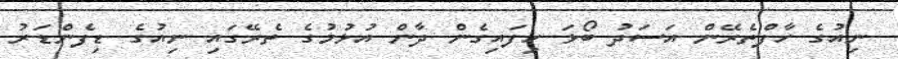
ނިއުގެ ހާފްތެރޭން އަސަދު ބޯޅަ ހިފައިގެން ދާން އުޅުމުގެ ތެރޭގައި ނިއުގެ ޑިފެންޑަރު